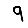
Digit: 9